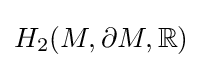
H_{2}(M,\partial M,\mathbb {R} )